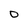
Character: o